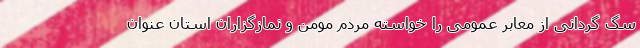
سگ گردانی از معابر عمومی را خواسته مردم مومن و نمازگزاران استان عنوان